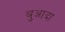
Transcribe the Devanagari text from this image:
बुआदा